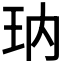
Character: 𰡱